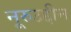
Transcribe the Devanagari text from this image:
नूरुउद्दीन